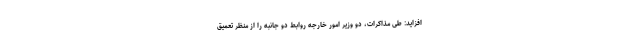
افزاید: طی مذاکرات، دو وزیر امور خارجه روابط دو جانبه را از منظر تعمیق